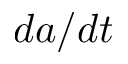
d a / d t